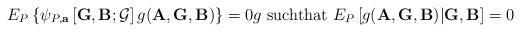
LaTeX: \begin{align*}E_{P}\left\{ \psi _{P,\mathbf{a}}\left[ \mathbf{G,B};\mathcal{G}\right] g(\mathbf{A},\mathbf{G},\mathbf{B})\right\} =0g\text{ suchthat }E_{P}\left[ g(\mathbf{A},\mathbf{G},\mathbf{B})|\mathbf{G},\mathbf{B}\right] =0 \end{align*}